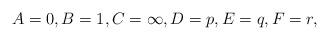
LaTeX: \begin{align*} A = 0, B = 1, C = \infty, D = p, E = q, F = r, \end{align*}